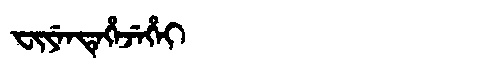
Manchu: ᠸᡳᠶᡝᠨᡨᡝᡥᡝᠵᡝᡥᡝᡳ
Romanization: FIYENTEHEJEHEI